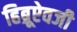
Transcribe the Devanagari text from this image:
हिब्रूऐवजी